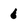
Character: 6